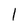
Character: l